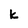
Character: k